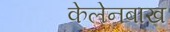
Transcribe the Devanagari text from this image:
केलेनबाख